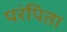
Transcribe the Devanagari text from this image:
परंपिता